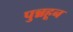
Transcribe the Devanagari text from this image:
पुन्नहून